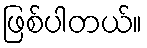
ဖြစ်ပါတယ်။